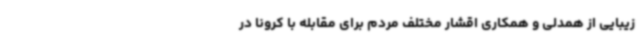
زیبایی از همدلی و همکاری اقشار مختلف مردم برای مقابله با کرونا در